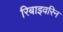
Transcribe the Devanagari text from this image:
रिबाइवरिन